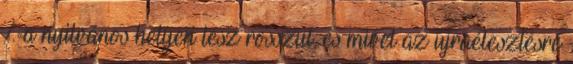
%-a nyilvános helyen lesz rosszul, és mivel az újraélesztésre